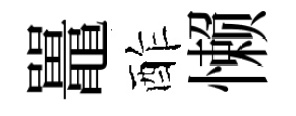
鼉酢懒